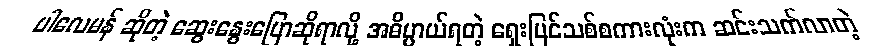
ပါလေမန် ဆိုတဲ့ ဆွေးနွေးပြောဆိုရာလို့ အဓိပ္ပာယ်ရတဲ့ ရှေးပြင်သစ်စကားလုံးက ဆင်းသက်လာတဲ့